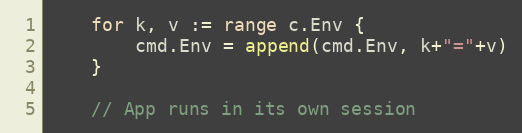
Language: Go
	for k, v := range c.Env {
		cmd.Env = append(cmd.Env, k+"="+v)
	}

	// App runs in its own session